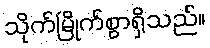
သိုက်မြိုက်စွာရှိသည်။